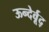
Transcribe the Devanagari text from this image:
ऊन्देर्वूद्